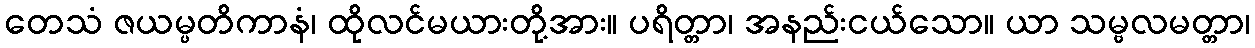
တေသံ ဇယမ္ပတိကာနံ၊ ထိုလင်မယားတို့အား။ ပရိတ္တာ၊ အနည်းငယ်သော။ ယာ သမ္ဗလမတ္တာ၊